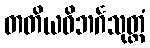
တတိယဝိဘင်္ဂသုတ္တံ